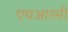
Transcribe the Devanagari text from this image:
एचआरसी